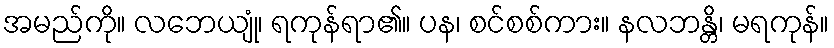
အမည်ကို။ လဘေယျုံ၊ ရကုန်ရာ၏။ ပန၊ စင်စစ်ကား။ နလဘန္တိ၊ မရကုန်။